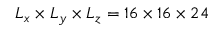
L _ { x } \times L _ { y } \times L _ { z } = 1 6 \times 1 6 \times 2 4